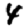
Digit: 4